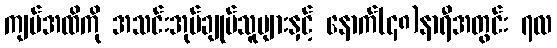
ကျပ်အထိကို အသင်းအုပ်ချုပ်သူများနှင့် နောက်(၄၈)နာရီအတွင်း ၇လ